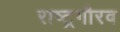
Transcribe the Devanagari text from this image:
राष्‍ट्रगौरव